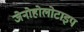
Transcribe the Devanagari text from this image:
जेनोहोलोटाइप